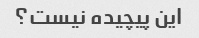
این پیچیده نیست؟